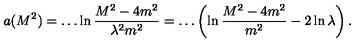
a ( M ^ { 2 } ) = \dots \ln \frac { M ^ { 2 } - 4 m ^ { 2 } } { \lambda ^ { 2 } m ^ { 2 } } = \dots \left( \ln \frac { M ^ { 2 } - 4 m ^ { 2 } } { m ^ { 2 } } - 2 \ln \lambda \right) .